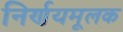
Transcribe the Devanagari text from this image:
निर्णयमूलक